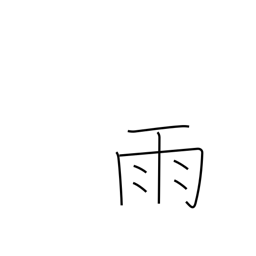
Meaning: rain